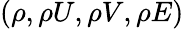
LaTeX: \left(\rho,\rho U,\rho V,\rho E\right)